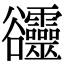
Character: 𧯙